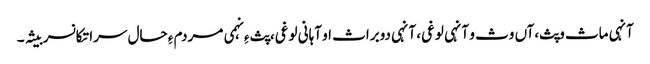
آنہی ماث وپث،آں وث و آنہی لوغی، آنہی دوبراث او آہانی لوغی، پث ءِ نہمی مردم ءِ حال سرا تکانسر بیثہ۔